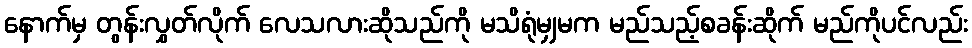
နောက်မှ တွန်းလွှတ်လိုက် လေသလားဆိုသည်ကို မသိရုံမျှမက မည်သည့်စခန်းဆိုက် မည်ကိုပင်လည်း